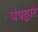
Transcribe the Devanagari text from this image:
पंपद्वारे